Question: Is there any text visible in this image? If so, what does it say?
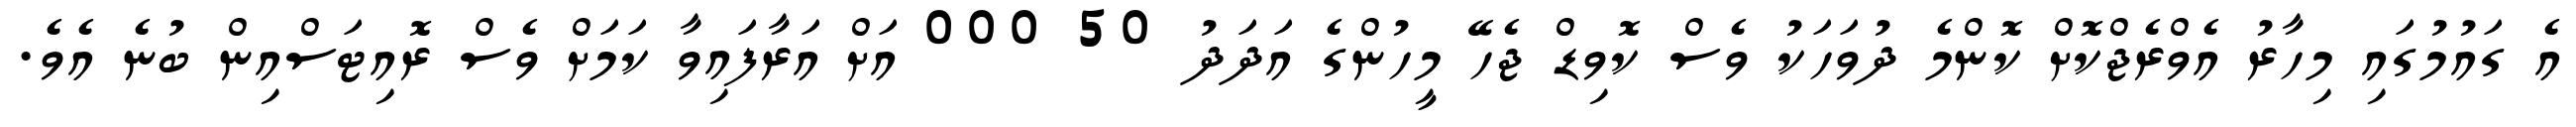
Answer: އެ ގައުމުގައި މިހާރު އެވްރެޖްކޮށް ކޮންމެ ދުވަހަކު ވެސް ކޮވިޑް ޖެހޭ މީހުންގެ އަދަދު 50 000 އަށް އަރާފައިވާ ކަމަށް ވެސް ރޮއިޓަސްއިން ބުނެ އެވެ.